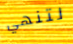
لتنهي